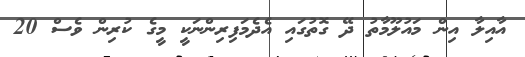
އާއިލާ އިން މައުލޫމާތު ދޭ ގޮތުގައި އެދެމަފިރިންނަކީ މީގެ ކުރިން ވެސް 20